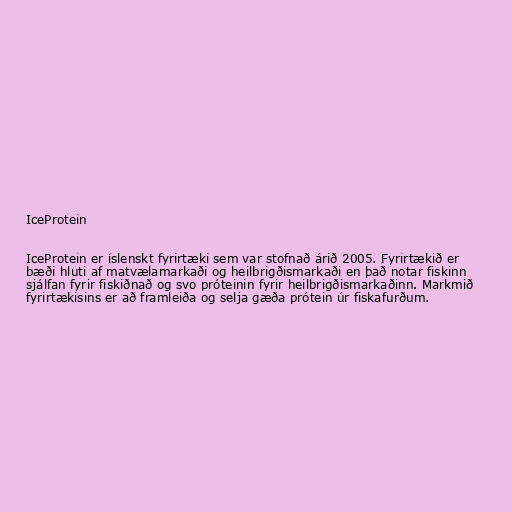
IceProtein

IceProtein er íslenskt fyrirtæki sem var stofnað árið 2005. Fyrirtækið er
bæði hluti af matvælamarkaði og heilbrigðismarkaði en það notar fiskinn
sjálfan fyrir fiskiðnað og svo próteinin fyrir heilbrigðismarkaðinn. Markmið
fyrirtækisins er að framleiða og selja gæða prótein úr fiskafurðum.